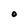
Character: O